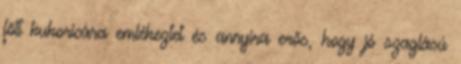
főtt kukoricára emlékeztet és annyira erős, hogy jó szaglású